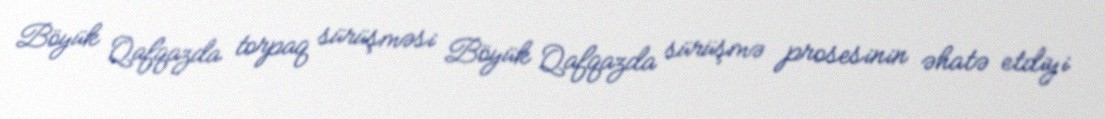
Böyük Qafqazda torpaq sürüşməsi Böyük Qafqazda sürüşmə prosesinin əhatə etdiyi